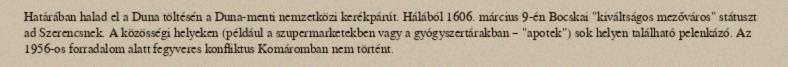
Határában halad el a Duna töltésén a Duna-menti nemzetközi kerékpárút. Hálából 1606. március 9-én Bocskai "kiváltságos mezőváros" státuszt ad Szerencsnek. A közösségi helyeken (például a szupermarketekben vagy a gyógyszertárakban – "apotek") sok helyen található pelenkázó. Az 1956-os forradalom alatt fegyveres konfliktus Komáromban nem történt.